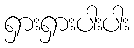
ရှားရှားပါးပါး